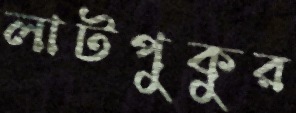
লাটপুকুর